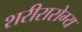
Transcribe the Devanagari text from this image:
शरीरारोग्य